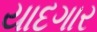
યાદગાર